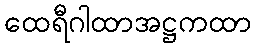
ထေရီဂါထာအဋ္ဌကထာ